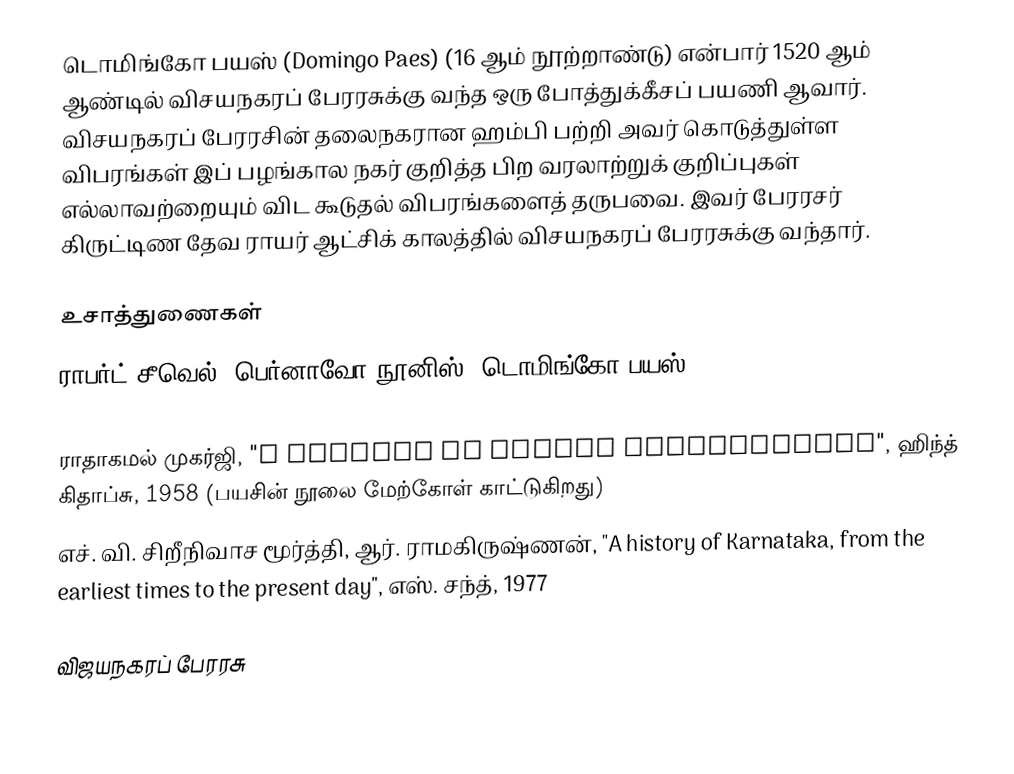
டொமிங்கோ பயஸ் (Domingo Paes) (16 ஆம் நூற்றாண்டு) என்பார் 1520 ஆம் ஆண்டில் விசயநகரப் பேரரசுக்கு வந்த ஒரு போத்துக்கீசப் பயணி ஆவார். விசயநகரப் பேரரசின் தலைநகரான ஹம்பி பற்றி அவர் கொடுத்துள்ள விபரங்கள் இப் பழங்கால நகர் குறித்த பிற வரலாற்றுக் குறிப்புகள் எல்லாவற்றையும் விட கூடுதல் விபரங்களைத் தருபவை. இவர் பேரரசர் கிருட்டிண தேவ ராயர் ஆட்சிக் காலத்தில் விசயநகரப் பேரரசுக்கு வந்தார்.

உசாத்துணைகள்
 ராபர்ட் சீவெல், பெர்னாவோ நூனிஸ், டொமிங்கோ பயஸ், "A forgotten empire: Vijayanagar; a contribution to the history of India" (Inclui uma tradução da "Chronica dos reis de Bisnaga," de Domingos Paes e Fernão Nunes cerca de 1520 e 1535 respectivamente), Adamant Media Corporation, 1982, ISBN 0543925889
 ராதாகமல் முகர்ஜி, "A history of Indian civilization", ஹிந்த் கிதாப்சு, 1958 (பயசின் நூலை மேற்கோள் காட்டுகிறது)
 எச். வி. சிறீநிவாச மூர்த்தி, ஆர். ராமகிருஷ்ணன், "A history of Karnataka, from the earliest times to the present day", எஸ். சந்த், 1977

விஜயநகரப் பேரரசு